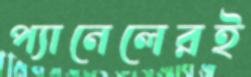
প্যানেলেরই